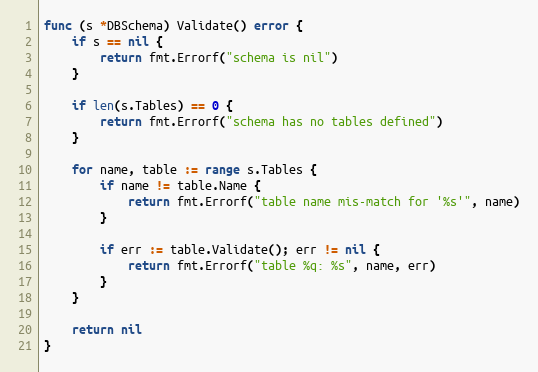
Language: Go
func (s *DBSchema) Validate() error {
	if s == nil {
		return fmt.Errorf("schema is nil")
	}

	if len(s.Tables) == 0 {
		return fmt.Errorf("schema has no tables defined")
	}

	for name, table := range s.Tables {
		if name != table.Name {
			return fmt.Errorf("table name mis-match for '%s'", name)
		}

		if err := table.Validate(); err != nil {
			return fmt.Errorf("table %q: %s", name, err)
		}
	}

	return nil
}